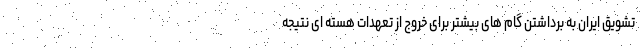
تشویق ایران به برداشتن گام های بیشتر برای خروج از تعهدات هسته ای نتیجه